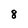
Character: 8